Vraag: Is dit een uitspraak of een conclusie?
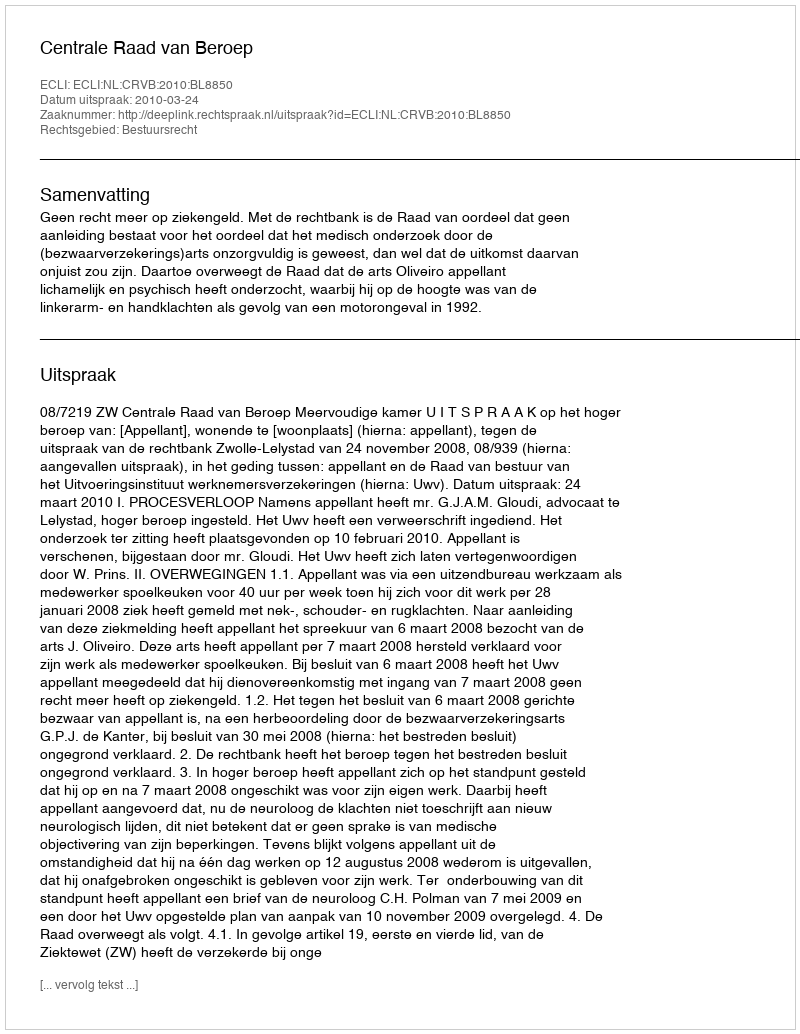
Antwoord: Uitspraak